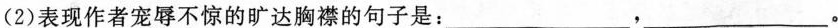
(2)表现作者宠辱不惊的旷达胸襟的句子是：___，___。